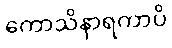
ကောသိနာရကာပိ